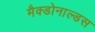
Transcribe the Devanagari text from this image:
मैक्डोनाल्डस